Plague in India, 1896, 1897 - Volume 1
Year: 1896
Disease focus: Plague
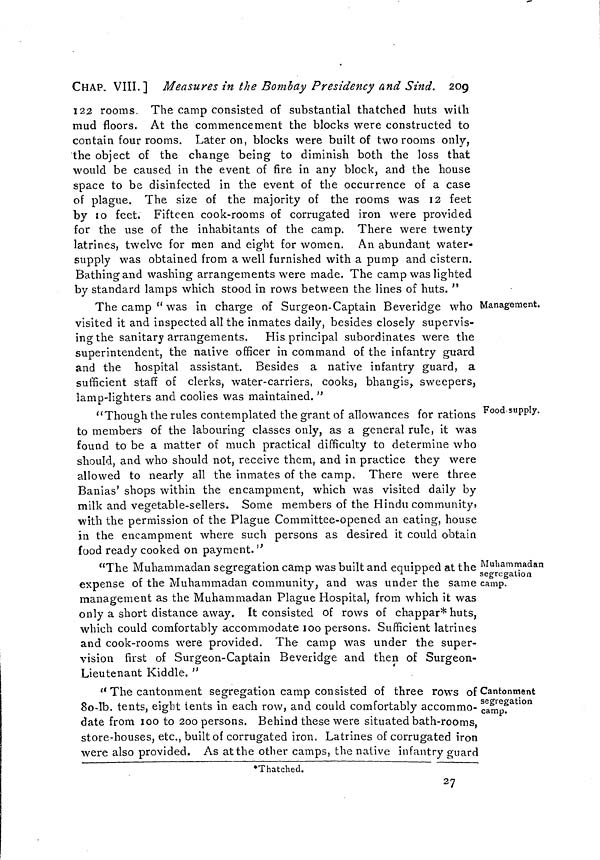
CHAP. VIII. ] Measures in the Bombay Presidency and Sind. 209
122 rooms. The camp consisted of substantial thatched huts with
mud floors. At the commencement the blocks were constructed to
contain four rooms. Later on, blocks were built of two rooms only,
the object of the change being to diminish both the loss that
would be caused in the event of fire in any block, and the house
space to be disinfected in the event of the occurrence of a case
of plague. The size of the majority of the rooms was 12 feet
by 10 feet. Fifteen cook-rooms of corrugated iron were provided
for the use of the inhabitants of the camp. There were twenty
latrines, twelve for men and eight for women. An abundant water-
supply was obtained from a well furnished with a pump and cistern.
Bathing and washing arrangements were made. The camp was lighted
by standard lamps which stood in rows between the lines of huts. "
Management.
The camp "was in charge of Surgeon-Captain Beveridge who
visited it and inspected all the inmates daily, besides closely supervis-
ing the sanitary arrangements. His principal subordinates were the
superintendent, the native officer in command of the infantry guard
and the hospital assistant. Besides a native infantry guard, a
sufficient staff of clerks, water-carriers, cooks, bhangis, sweepers,
lamp-lighters and coolies was maintained. "
Food supply.
"Though the rules contemplated the grant of allowances for rations
to members of the labouring classes only, as a general rule, it was
found to be a matter of much practical difficulty to determine who
should, and who should not, receive them, and in practice they were
allowed to nearly all the inmates of the camp. There were three
Banias' shops within the encampment, which was visited daily by
milk and vegetable-sellers. Some members of the Hindu community,
with the permission of the Plague Committee-opened an eating, house
in the encampment where such persons as desired it could obtain
food ready cooked on payment. "
Muhammadan
segregation
camp.
"The Muhammadan segregation camp was built and equipped at the
expense of the Muhammadan community, and was under the same
management as the Muhammadan Plague Hospital, from which it was
only a short distance away. It consisted of rows of chappar* huts,
which could comfortably accommodate 100 persons. Sufficient latrines
and cook-rooms were provided. The camp was under the super-
vision first of Surgeon-Captain Beveridge and then of Surgeon-
Lieutenant Kiddle. "
Cantonment
segregation
camp.
" The cantonment segregation camp consisted of three rows of
8o-lb. tents, eight tents in each row, and could comfortably accommo-
date from 100 to 200 persons. Behind these were situated bath-rooms,
store-houses, etc., built of corrugated iron. Latrines of corrugated iron
were also provided. As at the other camps, the native infantry guard
*Thatched.
27